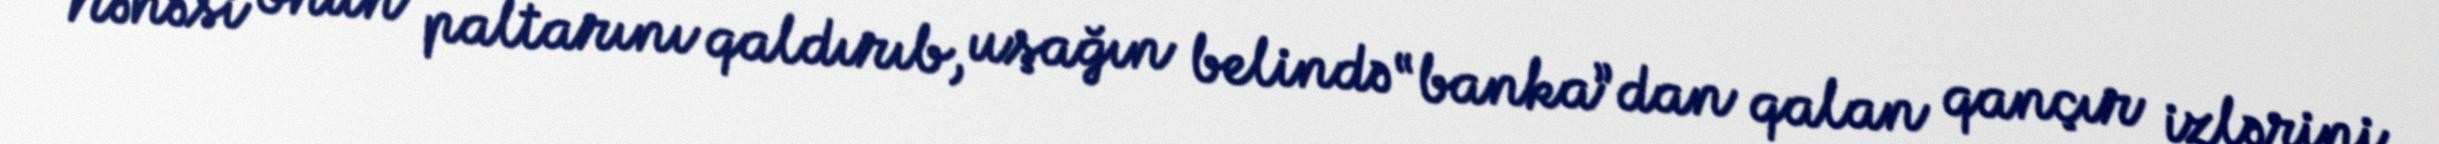
Nənəsi onun paltarını qaldırıb, uşağın belində “banka”dan qalan qançır izlərini